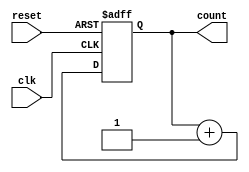
module async_reset_sync_counter (
    input wire clk,          // Clock signal
    input wire reset,        // Asynchronous reset signal
    output reg [3:0] count   // 4-bit counter output
);

// Asynchronous reset and synchronous counting
always @(posedge clk or posedge reset) begin
    if (reset) begin
        count <= 4'b0000;   // Reset the counter to 0
    end else begin
        count <= count + 1; // Increment the counter on clock edge
    end
end

endmodule